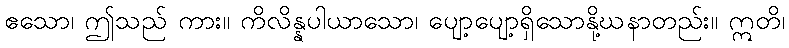
ဧသော၊ ဤသည် ကား။ ကိလိန္နပါယာသော၊ ပျော့ပျော့ရှိသောနို့ဃနာတည်း။ ဣတိ၊